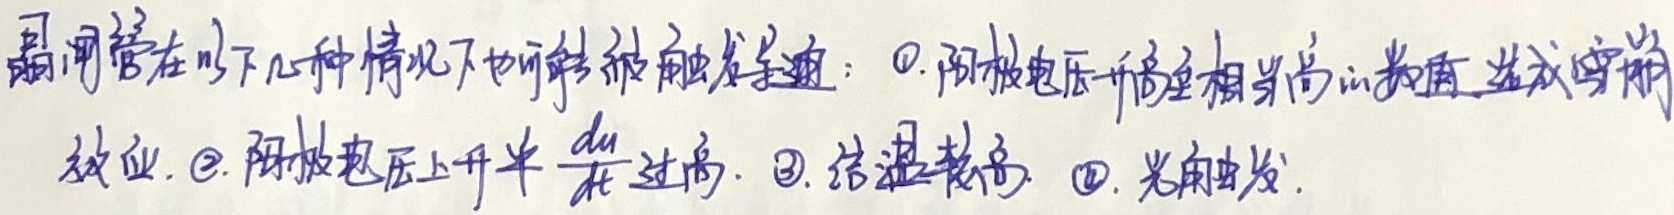
晶闸管在以下几种情况下也可能被触发导通：\textcircled{1}. 阳极电压升高至相当高的数值，造成雪崩效应. \textcircled{2}. 阳极电压上升率 $\frac{du}{dt}$ 过高. \textcircled{3}. 结温较高. \textcircled{4}. 光触发.